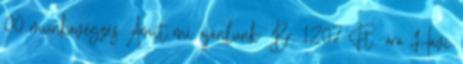
00 munkavégzés Amit mi ajánlunk: Br. 1207 Ft óra Havi